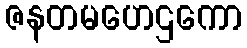
ဇနတမဟေဌကော